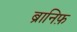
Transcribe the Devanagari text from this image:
ब्रानिफ़